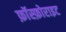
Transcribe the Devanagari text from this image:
फ़ॉस्फ़ोराइट